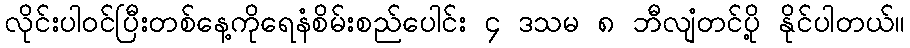
လိုင်းပါဝင်ပြီးတစ်နေ့ကိုရေနံစိမ်းစည်ပေါင်း ၄ ဒသမ ၈ ဘီလျံတင်ပို့ နိုင်ပါတယ်။